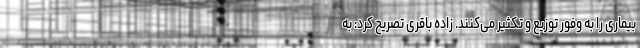
بیماری را به وفور توزیع و تکثیر می‌کنند. زاده باقری تصریح کرد: به